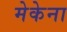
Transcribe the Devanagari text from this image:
मेकेना